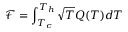
\mathcal { F } = \int _ { T _ { c } } ^ { T _ { h } } \sqrt { T } Q ( T ) d T